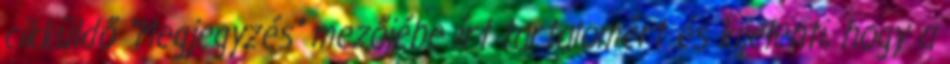
cikküldő "Megjegyzés" mezőjébe írt tartalomért és kijelenti, hogy a